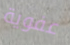
عفوية